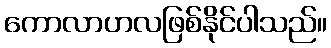
ကောလာဟလဖြစ်နိုင်ပါသည်။